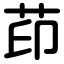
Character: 茚